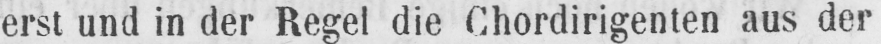
erst und in der Regel die Chordirigenten aus der